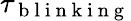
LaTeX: \tau_{\mathrm{~b~l~i~n~k~i~n~g~}}